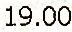
19.00